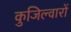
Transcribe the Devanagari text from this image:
कुजिल्वारों